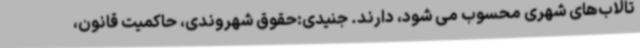
تالاب‌های شهری محسوب می شود، دارند. جنیدی:حقوق شهروندی، حاکمیت قانون،